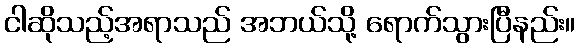
ငါဆိုသည့်အရာသည် အဘယ်သို့ ရောက်သွားပြီနည်း။